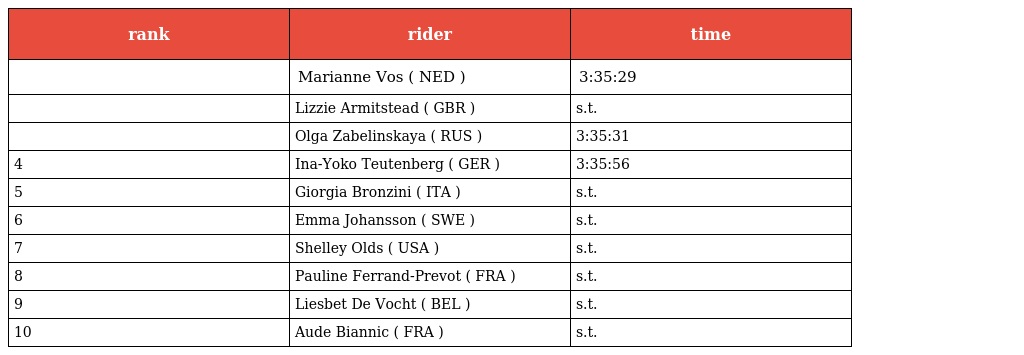
| rank | rider | time |
 | --- | --- | --- |
 |  | Marianne Vos ( NED ) | 3:35:29 |
 |  | Lizzie Armitstead ( GBR ) | s.t. |
 |  | Olga Zabelinskaya ( RUS ) | 3:35:31 |
 | 4 | Ina-Yoko Teutenberg ( GER ) | 3:35:56 |
 | 5 | Giorgia Bronzini ( ITA ) | s.t. |
 | 6 | Emma Johansson ( SWE ) | s.t. |
 | 7 | Shelley Olds ( USA ) | s.t. |
 | 8 | Pauline Ferrand-Prevot ( FRA ) | s.t. |
 | 9 | Liesbet De Vocht ( BEL ) | s.t. |
 | 10 | Aude Biannic ( FRA ) | s.t. |